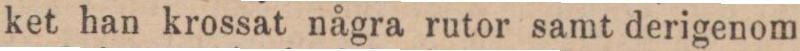
ket han krossat några rutor samt derigenom